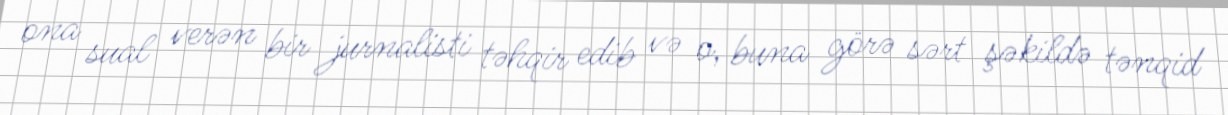
ona sual verən bir jurnalisti təhqir edib və o, buna görə sərt şəkildə tənqid